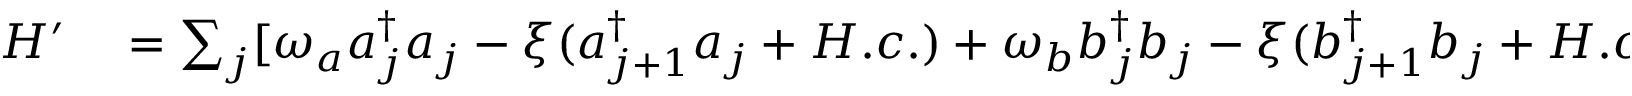
\begin{array} { r l } { H ^ { \prime } } & { { } = \sum _ { j } [ \omega _ { a } a _ { j } ^ { \dag } a _ { j } - \xi ( a _ { j + 1 } ^ { \dag } a _ { j } + H . c . ) + \omega _ { b } b _ { j } ^ { \dag } b _ { j } - \xi ( b _ { j + 1 } ^ { \dag } b _ { j } + H . c . ) ] } \end{array}